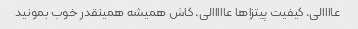
عاااالی. کیفیت پیتزاها عااااالی. کاش همیشه همینقدر خوب بمونید